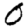
Digit: 0